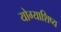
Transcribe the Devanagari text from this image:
योग्याशिष्य